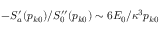
- S _ { a } ^ { \prime } ( p _ { k 0 } ) / S _ { 0 } ^ { \prime \prime } ( p _ { k 0 } ) \sim 6 E _ { 0 } / \kappa ^ { 3 } p _ { k 0 }